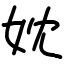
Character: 妉